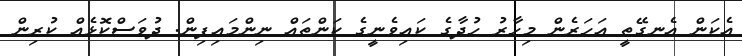
އެކަން އެނގޭތީ އަހަރެން މިހާރު ހުދާގެ ކައިވެނީގެ ކަންތައް ނިންމައިފިން. ދުވަސްކޮޅެއް ކުރިން